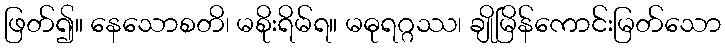
ဖြတ်၍။ နေသောစတိ၊ မစိုးရိမ်ရ။ မဓုရဂ္ဂဿ၊ ချိုမြိန်ကောင်းမြတ်သော